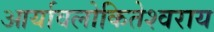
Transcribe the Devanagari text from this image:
आर्यावलोकितेश्वराय